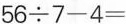
$$5 6 \div 7 - 4 =$$